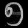
Digit: ၅